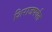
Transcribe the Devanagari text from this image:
शिराजपर्यंत